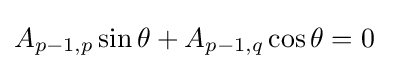
A_{p-1,p}\sin \theta +A_{p-1,q}\cos \theta =0\;